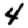
Digit: 4